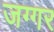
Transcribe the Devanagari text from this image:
जग्गर